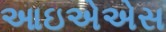
આઇએએસ